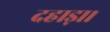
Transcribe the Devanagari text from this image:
दहाड़ा।